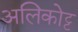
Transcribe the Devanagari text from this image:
अलिकोट्ट